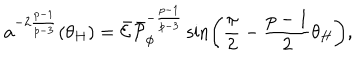
a ^ { - 2 { \frac { p - 1 } { p - 3 } } } ( \theta _ { H } ) = \bar { \cal E } \bar { \cal P } _ { \phi } ^ { - { \frac { p - 1 } { p - 3 } } } \sin \left( { \frac { \pi } { 2 } } - { \frac { p - 1 } { 2 } } \theta _ { H } \right) ,